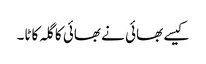
کیسے بھائی نے بھائی کا گلہ کاٹا۔